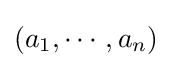
(a_{1},\cdots ,a_{n})